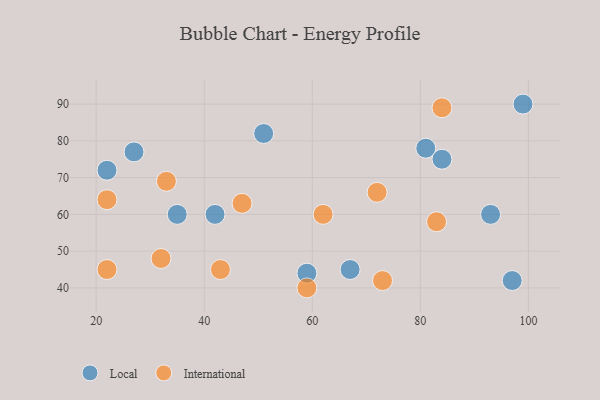
{"axis": {"x": "GDP", "y": "Life Expectancy"}, "legend": ["International", "Local"], "data": [{"x": "59", "y": 44, "type": "Local"}, {"x": "35", "y": 60, "type": "Local"}, {"x": "81", "y": 78, "type": "Local"}, {"x": "99", "y": 90, "type": "Local"}, {"x": "42", "y": 60, "type": "Local"}, {"x": "22", "y": 72, "type": "Local"}, {"x": "51", "y": 82, "type": "Local"}, {"x": "84", "y": 75, "type": "Local"}, {"x": "93", "y": 60, "type": "Local"}, {"x": "67", "y": 45, "type": "Local"}, {"x": "97", "y": 42, "type": "Local"}, {"x": "27", "y": 77, "type": "Local"}, {"x": "22", "y": 64, "type": "International"}, {"x": "33", "y": 69, "type": "International"}, {"x": "83", "y": 58, "type": "International"}, {"x": "47", "y": 63, "type": "International"}, {"x": "32", "y": 48, "type": "International"}, {"x": "72", "y": 66, "type": "International"}, {"x": "84", "y": 89, "type": "International"}, {"x": "62", "y": 60, "type": "International"}, {"x": "73", "y": 42, "type": "International"}, {"x": "59", "y": 40, "type": "International"}, {"x": "43", "y": 45, "type": "International"}, {"x": "22", "y": 45, "type": "International"}]}